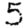
Digit: 5